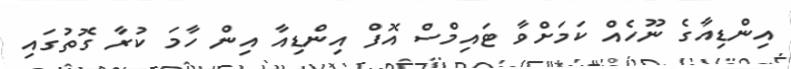
އިންޑިއާގެ ނޫހެއް ކަމަށްވާ ޓައިމްސް އޮފް އިންޑިއާ އިން ހާމަ ކުރާ ގޮތުގައި